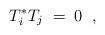
LaTeX: \begin{align*}T_i^{\ast}T_j\;=\;0\;\;,\end{align*}